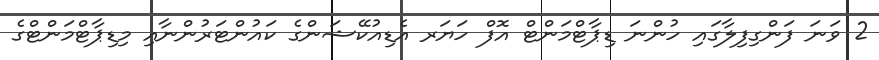
2 ވަނަ ފަންގިފިލާގައި ހުންނަ ޑިޕާޓްމަންޓް އޮފް ހަޔަރ އެޑިއުކޭޝަންގެ ކައުންޓަރުންނާއި މިޑިޕާޓްމަންޓްގެ